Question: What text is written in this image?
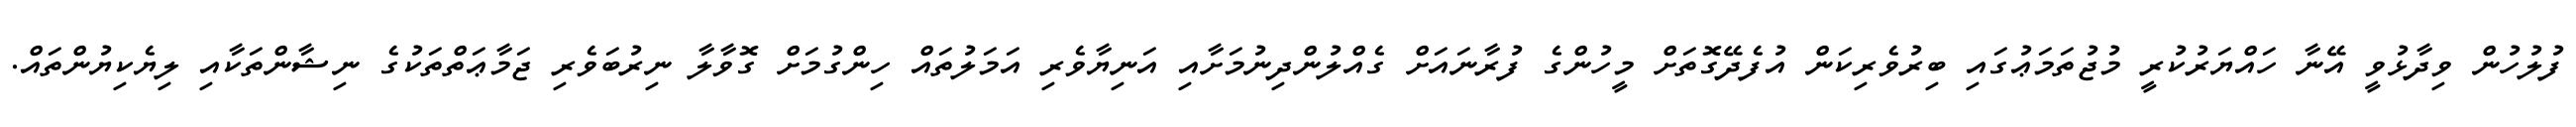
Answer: ފުލުހުން ވިދާޅުވީ އޭނާ ހައްޔަރުކުރީ މުޖުތަމަޢުގައި ބިރުވެރިކަން އުފެދޭގޮތަށް މީހުންގެ ފުރާނައަށް ގެއްލުންދިނުމަށާއި އަނިޔާވެރި އަމަލުތައް ހިންގުމަށް ގޮވާލާ ނިރުބަވެރި ޖަމާޢަތްތަކުގެ ނިޝާންތަކާއި ލިޔެކިޔުންތައް.